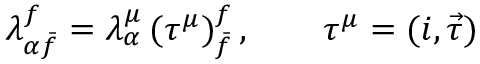
\lambda _ { \alpha \bar { f } } ^ { f } = \lambda _ { \alpha } ^ { \mu } \, ( \tau ^ { \mu } ) _ { \bar { f } } ^ { f } \, , \qquad \tau ^ { \mu } = ( i , \vec { \tau } )